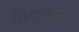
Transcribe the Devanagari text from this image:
मागण्यांकडे